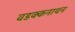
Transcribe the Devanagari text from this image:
वडक्कनाथन